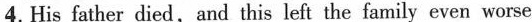
4. His father died,and this left the family even worse